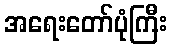
အရေးတော်ပုံကြီး